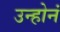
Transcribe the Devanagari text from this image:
उन्होनं